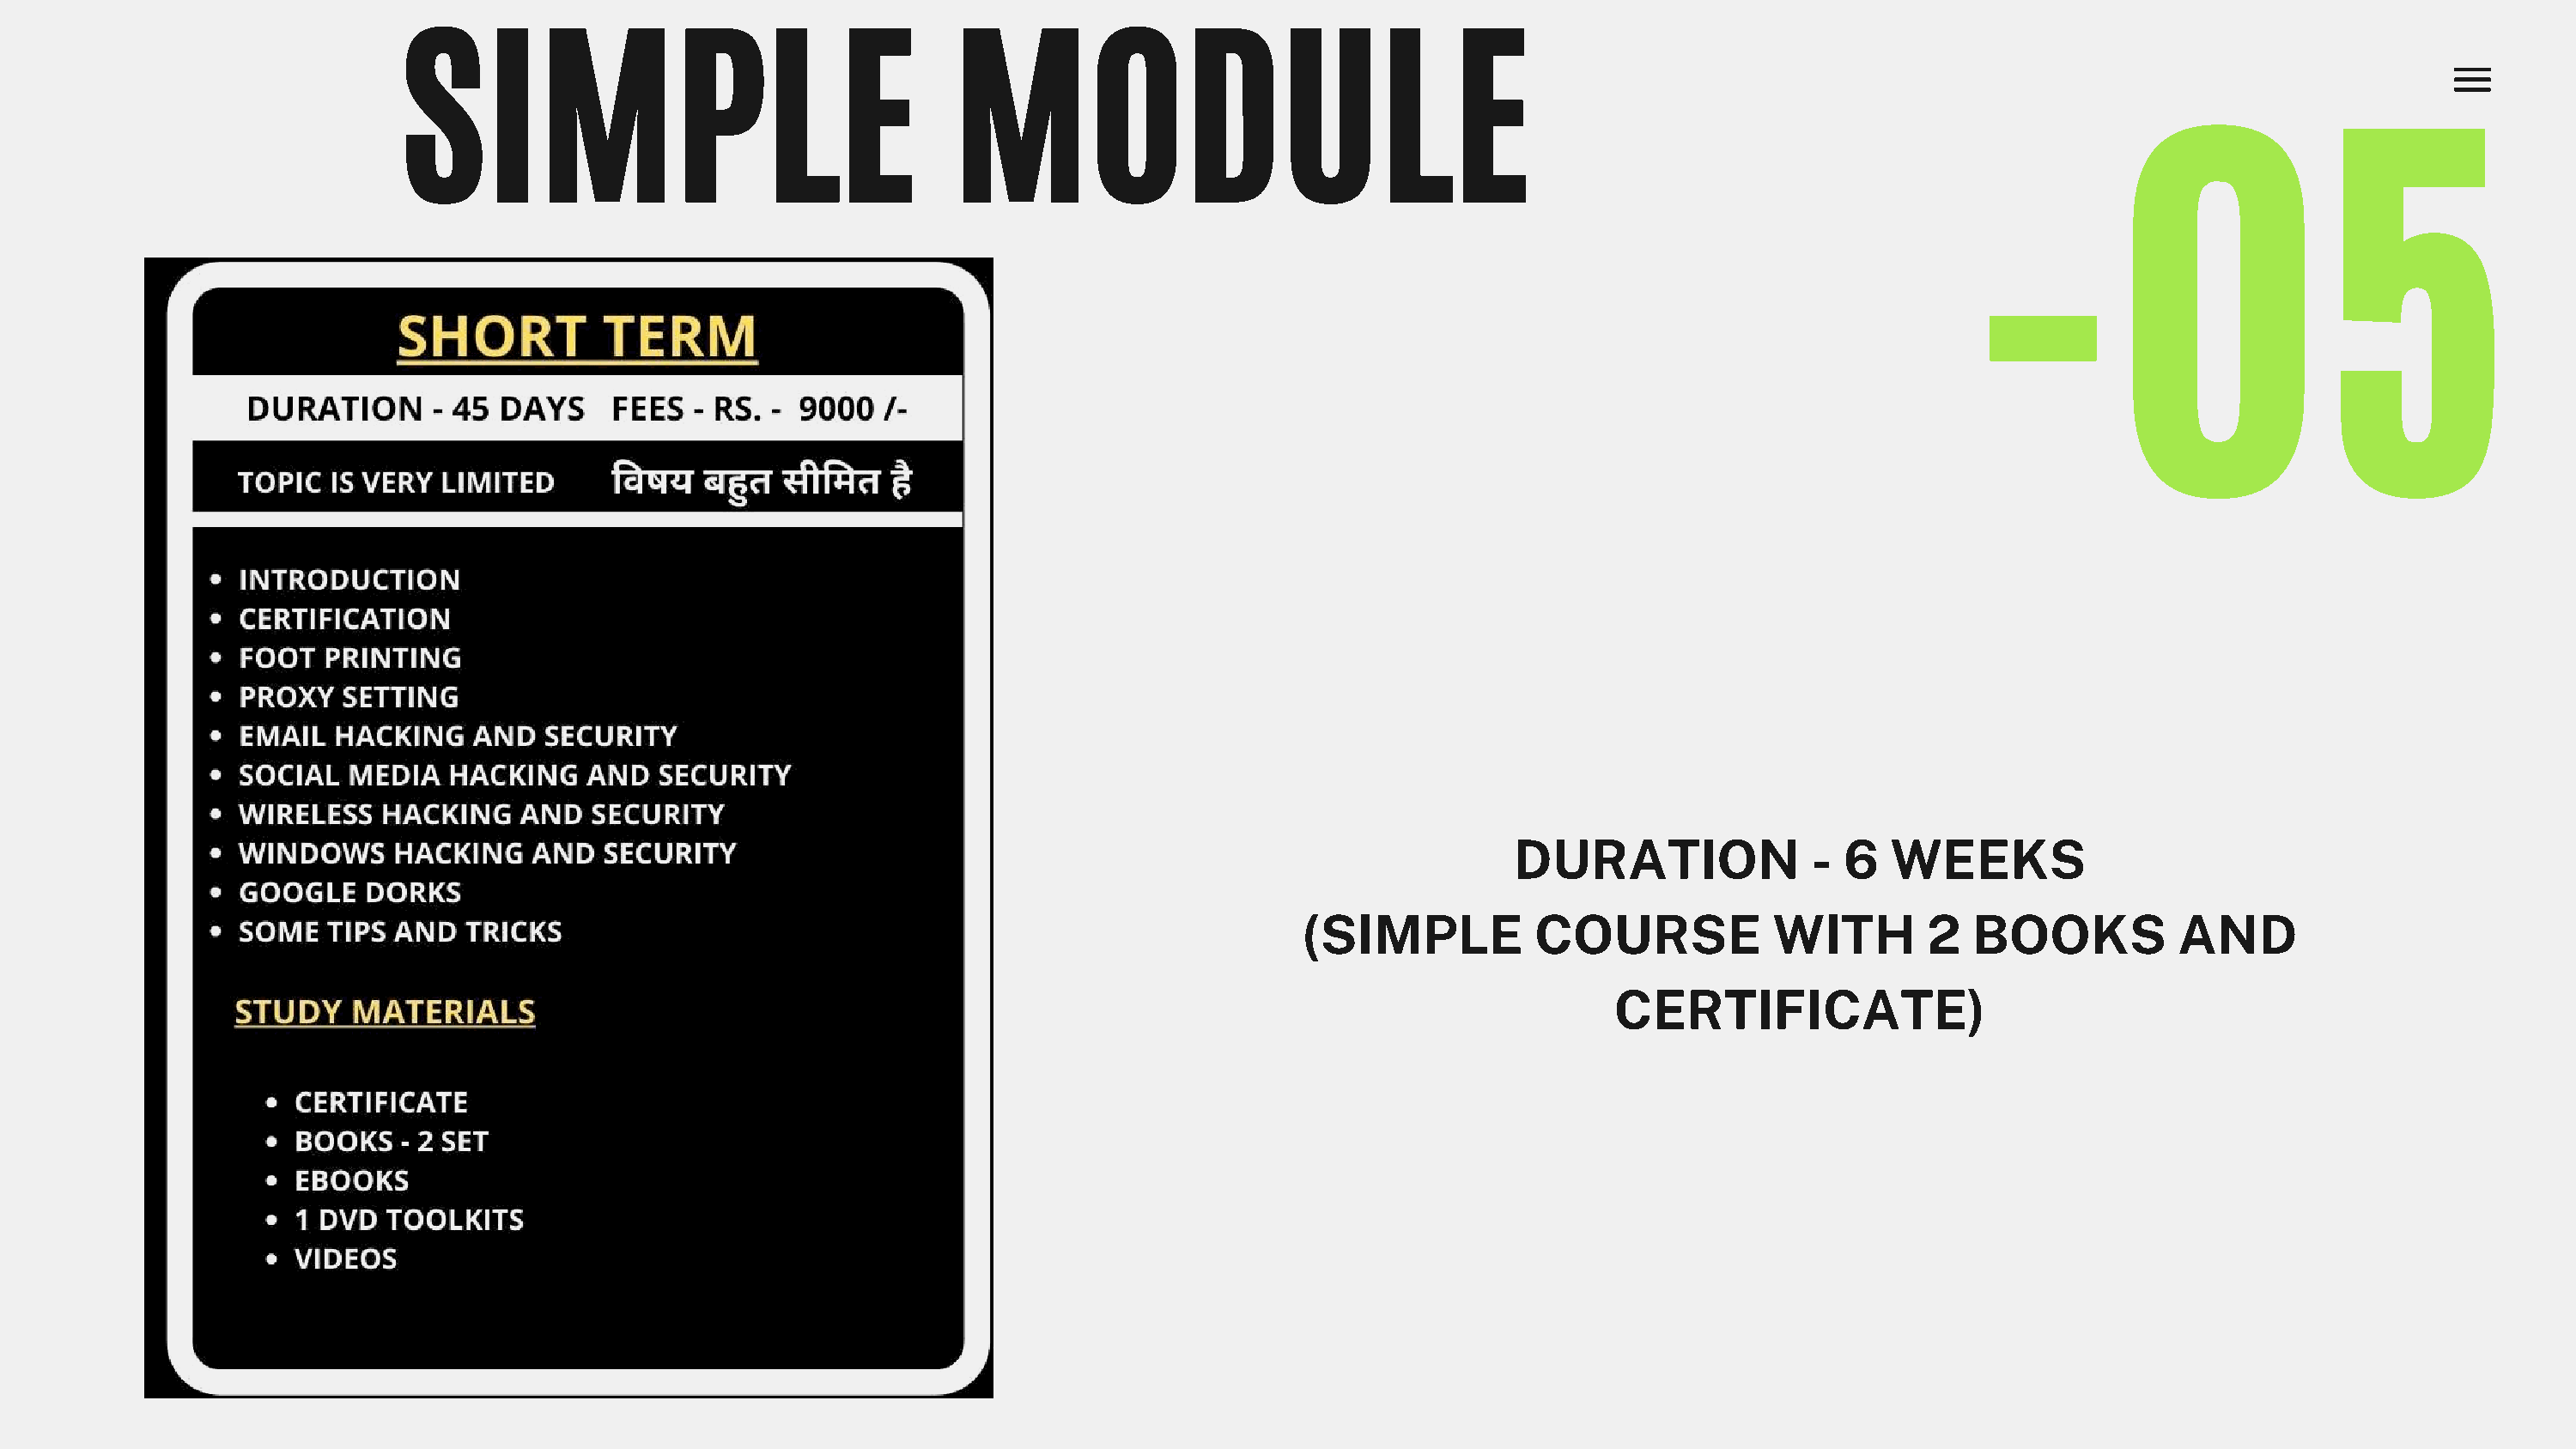
SIMPLE                                    MODULE
 -05
 DURATION               - 6   WEEKS
 (SIMPLE           COURSE             WITH        2  BOOKS           AND
 CERTIFICATE)